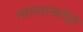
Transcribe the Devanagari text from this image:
त्याच्यामागेही